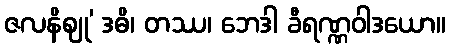
ဇလနိဈု’ ဒဓိ၊ တဿ၊ ဘေဒါ ခီရဏ္ဏဝါဒယော။